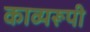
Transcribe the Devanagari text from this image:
काव्यरूपी